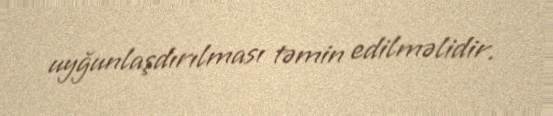
uyğunlaşdırılması təmin edilməlidir.